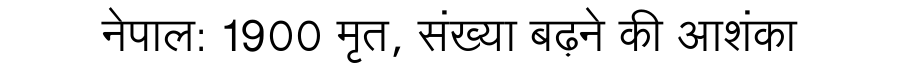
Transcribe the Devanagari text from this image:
नेपाल: 1900 मृत, संख्या बढ़ने की आशंका